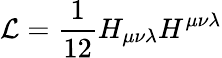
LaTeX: {\cal{L}}=\frac{1}{12}H_{\mu\nu\lambda}H^{\mu\nu\lambda}